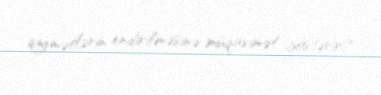
qiymətlərin endirilməsinə müqavimət göstərir?.